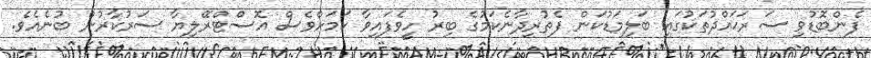
ފެންބޮޑުވި ސަރަޙައްދުތަކުގައި ބަލިމަޑުކަން ފެތުރިދާނެކަމުގެ ބިރު ހީވެފައިވާ ކަމަށްވެސް އޮސްޓްރޭލިޔާ ސަރުކާރުން ބުނެއެވެ.